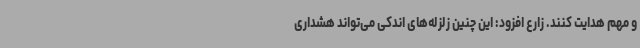
و مهم هدایت کنند. زارع افزود: این چنین زلزله‌های اندکی می‌تواند هشداری